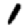
Digit: 1